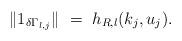
LaTeX: \begin{align*} \|1_{\delta\Gamma_{l,j}}\|\ =\ h_{R,l}(k_j, u_j).\end{align*}